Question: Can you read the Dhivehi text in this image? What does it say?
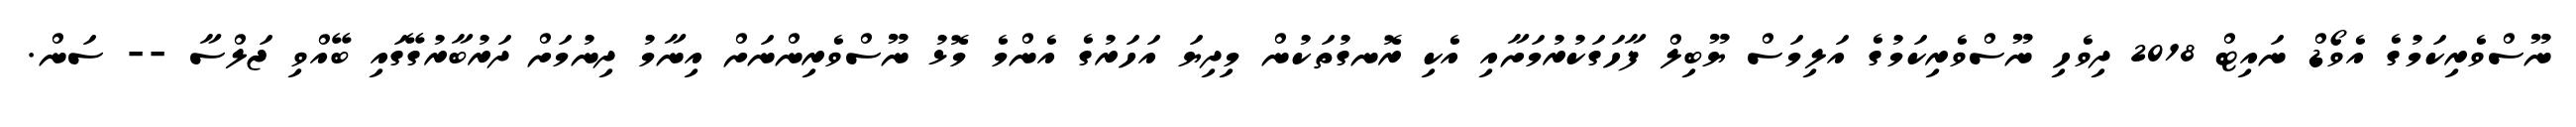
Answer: ނޫސްވެރިކަމުގެ އެވޯޑް ނައިޓް 2018 ދިވެހި ނޫސްވެރިކަމުގެ އަލިމަސް ޔޫބިލް ފާހަގަކުރުމަށާއި އެކި ރޮނގުތަކުން މިދިޔަ އަހަރުގެ އެންމެ މޮޅު ނޫސްވެރިންނަށް އިނާމު ދިނުމަށް ދަރުބާރުގޭގައި ބޭއްވި ޖަލްސާ -- ސަން.